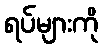
ရပ်များကို